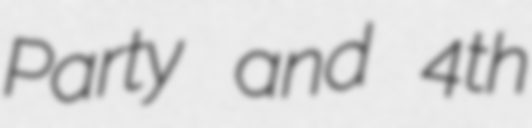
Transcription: Party and 4th